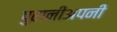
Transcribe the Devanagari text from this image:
पुरानीअपनी